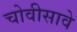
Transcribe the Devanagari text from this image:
चोवीसावे